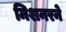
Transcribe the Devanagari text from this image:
मिशनरने